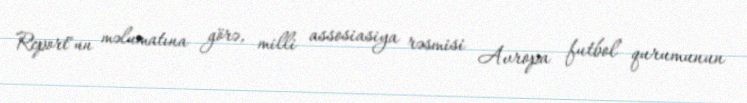
Report"un məlumatına görə, milli assosiasiya rəsmisi Avropa futbol qurumunun